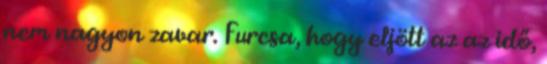
nem nagyon zavar. Furcsa, hogy eljött az az idő,